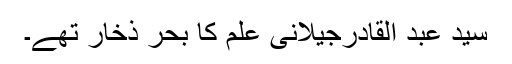
سید عبد القادرجیلانیؒ علم کا بحر ذخار تھے۔